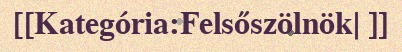
[[Kategória:Felsőszölnök| ]]